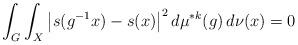
LaTeX: \begin{align*}\int_G \int_X \big| s(g^{-1}x) - s(x) \big|^2 \, d\mu^{*k}(g) \, d\nu(x) = 0\end{align*}